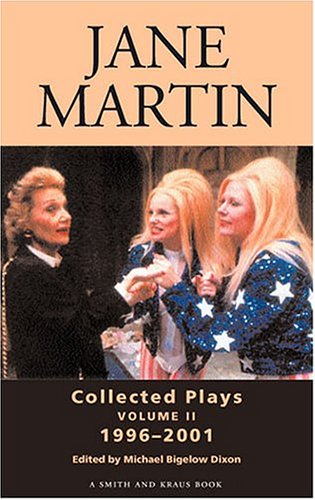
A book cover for Jane Martin: Collected Plays, Vol. 2: 1996-2001; Jane Martin; Literature & Fiction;